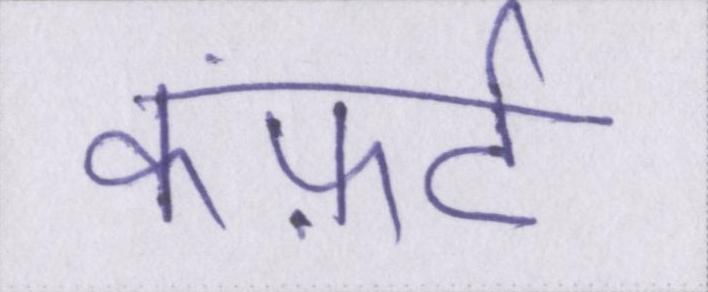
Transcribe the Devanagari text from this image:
कंफ़र्ट